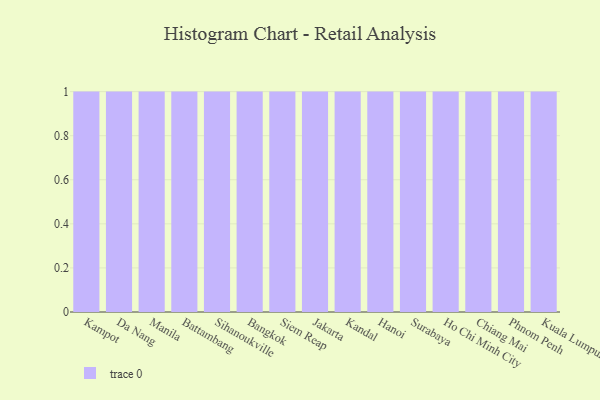
{"axis": {"x": "City", "y": "Satisfaction Score"}, "legend": [""], "data": [{"x": "Kampot", "y": 93, "type": ""}, {"x": "Da Nang", "y": 32, "type": ""}, {"x": "Manila", "y": 90, "type": ""}, {"x": "Battambang", "y": 65, "type": ""}, {"x": "Sihanoukville", "y": 24, "type": ""}, {"x": "Bangkok", "y": 15, "type": ""}, {"x": "Siem Reap", "y": 74, "type": ""}, {"x": "Jakarta", "y": 26, "type": ""}, {"x": "Kandal", "y": 63, "type": ""}, {"x": "Hanoi", "y": 64, "type": ""}, {"x": "Surabaya", "y": 73, "type": ""}, {"x": "Ho Chi Minh City", "y": 16, "type": ""}, {"x": "Chiang Mai", "y": 98, "type": ""}, {"x": "Phnom Penh", "y": 79, "type": ""}, {"x": "Kuala Lumpur", "y": 18, "type": ""}]}